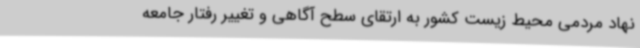
نهاد مردمی محیط زیست کشور به ارتقای سطح آگاهی و تغییر رفتار جامعه